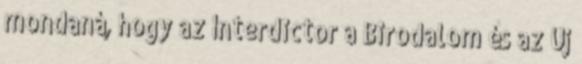
mondaná, hogy az Interdictor a Birodalom és az Új